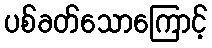
ပစ်ခတ်သောကြောင့်